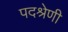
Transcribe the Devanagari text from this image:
पदश्रेणी